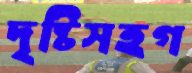
দৃষ্টিসহগ